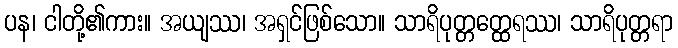
ပန၊ ငါတို့၏ကား။ အယျဿ၊ အရှင်ဖြစ်သော။ သာရိပုတ္တတ္ထေရဿ၊ သာရိပုတ္တရာ